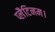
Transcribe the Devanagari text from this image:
प्लैटिनम।